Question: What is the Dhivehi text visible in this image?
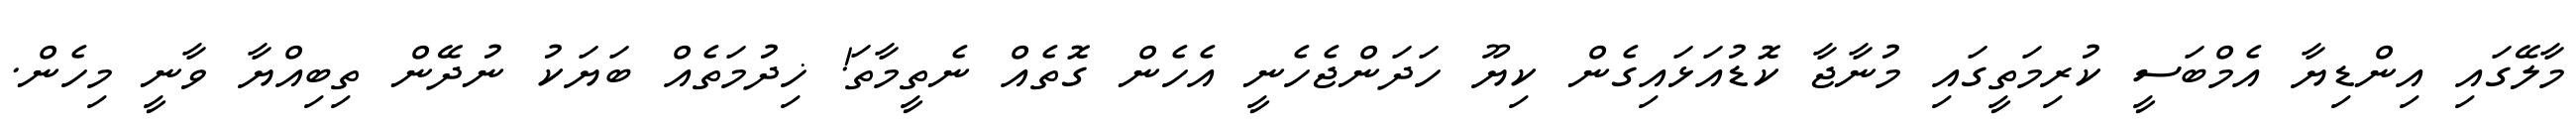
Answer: މާލޭގައި އިންޑިޔާ އެމްބަސީ ކުރިމަތީގައި މުނާޖާ ކޮޑުއަޅައިގެން ކިޔޫ ހަދަންޖެހެނީ އެހެން ގޮތެއް ނެތީމާތަ! ޚިދުމަތެއް ބަޔަކު ނުދޭން ތިބިއްޔާ ވާނީ މިހެން.